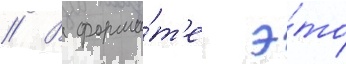
// В форма́т'е э́то